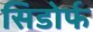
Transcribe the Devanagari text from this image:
सिडोर्फ